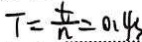
T = \frac { t } { n } = 0 . 4 s